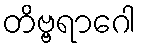
တိဗ္ဗရာဂေါ